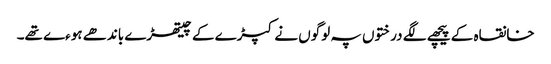
خانقاہ کے پیچھے لگے درختوں پہ لوگوں نے کپڑے کے چیتھڑے باندھے ہوءے تھے۔